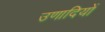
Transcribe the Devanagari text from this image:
उणादियों